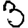
Digit: 3